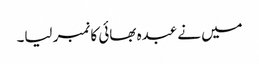
میں نے عبدہ بھائی کا نمبر لیا۔